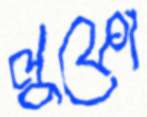
লুফো